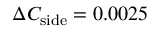
\Delta C _ { \mathrm { s i d e } } = 0 . 0 0 2 5